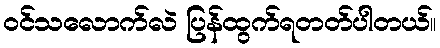
ဝင်သလောက်လဲ ပြန်ထွက်ရတတ်ပါတယ်။